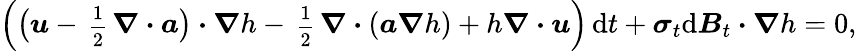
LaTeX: \Big(\big(\boldsymbol{u}-\mathrm{\scriptsize~\frac{1}{2}~}\boldsymbol{\nabla}\boldsymbol{\cdot}\boldsymbol{a}\big)\boldsymbol{\cdot}\boldsymbol{\nabla}h-\mathrm{\scriptsize~\frac{1}{2}~}\boldsymbol{\nabla}\boldsymbol{\cdot}(\boldsymbol{a}\boldsymbol{\nabla}h)+h\boldsymbol{\nabla}\boldsymbol{\cdot}\boldsymbol{u}\Big)\, \mathrm{d}t+\boldsymbol{\sigma}_{t}\mathrm{d}\boldsymbol{B}_{t}\boldsymbol{\cdot}\boldsymbol{\nabla}h=0,